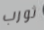
ثورب